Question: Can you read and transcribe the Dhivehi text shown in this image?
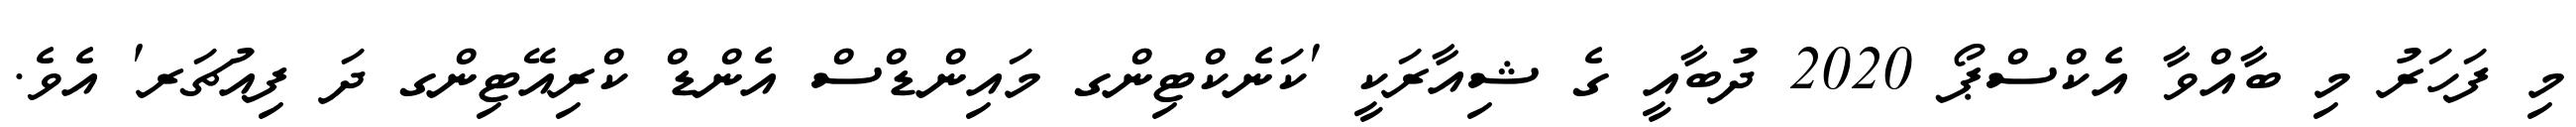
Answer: މި ފަހަރު މި ބާއްވާ އެކްސްޕޯ 2020 ދުބާއީ ގެ ޝިއާރަކީ 'ކަނެކްޓިންގ މައިންޑްސް އެންޑް ކްރިއޭޓިންގ ދަ ފިއުޗަރ' އެވެ.